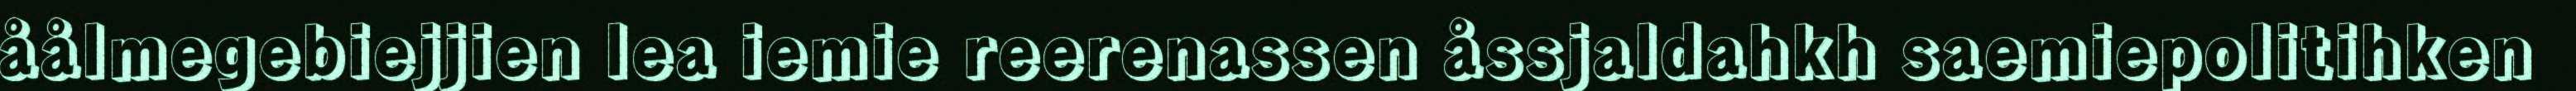
åålmegebiejjien lea iemie reerenassen åssjaldahkh saemiepolitihken